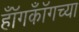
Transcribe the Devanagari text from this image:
हॉँगकॉँगच्या